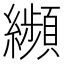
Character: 𦇖